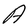
Character: A